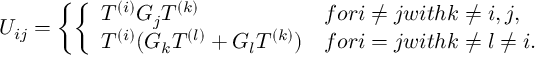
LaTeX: U _ { i j } = \left\{ \left\{ \begin{array} { l l } { { T ^ { ( i ) } G _ { j } T ^ { ( k ) } } } & { { f o r i \neq j w i t h k \neq i , j , } } \\ { { T ^ { ( i ) } ( G _ { k } T ^ { ( l ) } + G _ { l } T ^ { ( k ) } ) } } & { { f o r i = j w i t h k \neq l \neq i . } } \end{array} \right. \right.